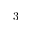
3